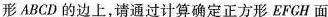
形ABCD的边上，请通过计算确定正方形EFGH面